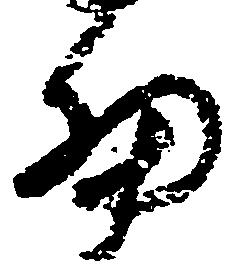
細